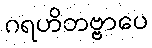
ဂရဟိတဗ္ဗာပေ